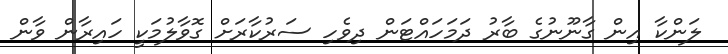
ލަންކާ އިން ގާނޫނުގެ ބާރު ދަމަހައްޓަން ދިވެހި ސަރުކާރަށް ގޮވާލުމަކީ ހައިރާން ވާން